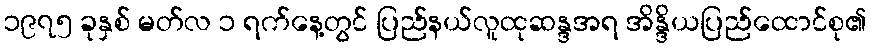
၁၉၇၅ ခုနှစ် မတ်လ ၁ ရက်နေ့တွင် ပြည်နယ်လူထုဆန္ဒအရ အိန္ဒိယပြည်ထောင်စု၏